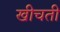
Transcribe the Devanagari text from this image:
खीचती